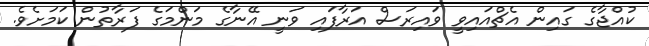
ކުއްޖާގެ ގައިން އެޗްއައިވީ ވައިރަސް އަރާފައި ވަނީ އޭނާގެ މަންމަގެ ފަރާތުން ކަމަށެވެ.